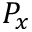
P _ { x }